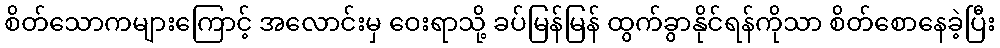
စိတ်သောကများကြောင့် အလောင်းမှ ဝေးရာသို့ ခပ်မြန်မြန် ထွက်ခွာနိုင်ရန်ကိုသာ စိတ်စောနေခဲ့ပြီး